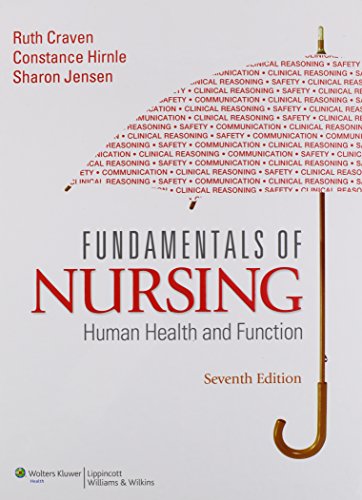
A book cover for Fundamentals of Nursing: Human Health and Function (Craven, Fundamentals of Nursing: Human Health and Function); Ruth F. Craven EdD  RN; Medical Books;